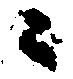
々